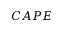
C A P E